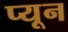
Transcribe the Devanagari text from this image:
प्यून